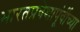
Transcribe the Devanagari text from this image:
भारतप्रवेशापूंर्वीच्या